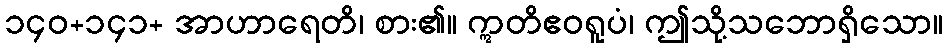
၁၄၀+၁၄၁+ အာဟာရေတိ၊ စား၏။ ဣတိဧဝရူပံ၊ ဤသို့သဘောရှိသော။